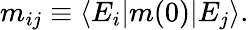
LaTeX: m_{ij}\equiv\langle E_{i}|m(0)|E_{j}\rangle.